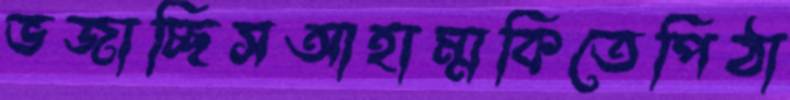
ভজাচ্ছিসআহাম্মকিতেপিঠা